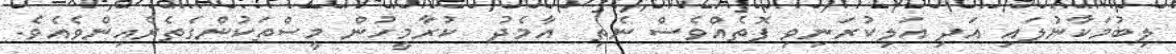
ލިބުމަކާނުލައި އަދި އަލިކުރަނިވި ފޮތެއްވެސް ނެތި  އާމެދު  ކުރާމީހުން މީސްތަކުންގެތެރެއިންވެއެވެ.